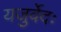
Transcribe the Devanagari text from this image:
यजुर्वेदः